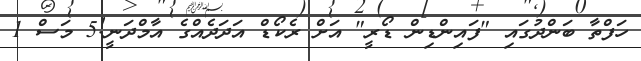
ހަފްތާ ބަންދުގައި "ފައިންޑިން ޑޯރީ" އަށް ރެކޯޑް އަދަދެއްގެ އާމްދަނީ!5 މަސް 1